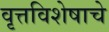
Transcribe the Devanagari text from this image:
वृत्तविशेषाचे